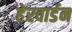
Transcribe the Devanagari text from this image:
हेरवार्डन